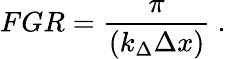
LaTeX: FGR=\frac{\pi}{(k_{\Delta}\Delta x)}\ .